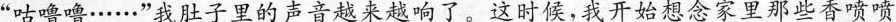
”咕噜噜……”我肚子里的声音越来越响了。这时候，我开始想念家里那些香喷喷